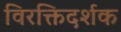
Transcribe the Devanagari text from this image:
विरक्तिदर्शक